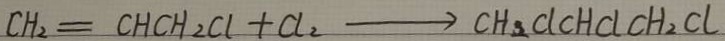
C H _ { 2 } = C H C H _ { 2 } C l + C l _ { 2 } \rightarrow C H _ { 2 } C l c H C l C H _ { 2 } C l